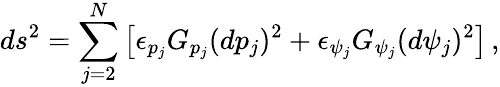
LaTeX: ds^{2}=\sum_{j=2}^{N}\left[\epsilon_{p_{j}}G_{p_{j}}(dp_{j})^{2}+\epsilon_{\psi_{j}}G_{\psi_{j}}(d\psi_{j})^{2}\right]\, ,